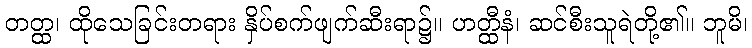
တတ္ထ၊ ထိုသေခြင်းတရား နှိပ်စက်ဖျက်ဆီးရာ၌။ ဟတ္ထီနံ၊ ဆင်စီးသူရဲတို့၏။ ဘူမိ၊